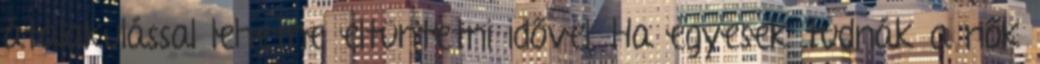
átalakulással lehetne eltüntetni idővel. Ha egyesek tudnák a nők